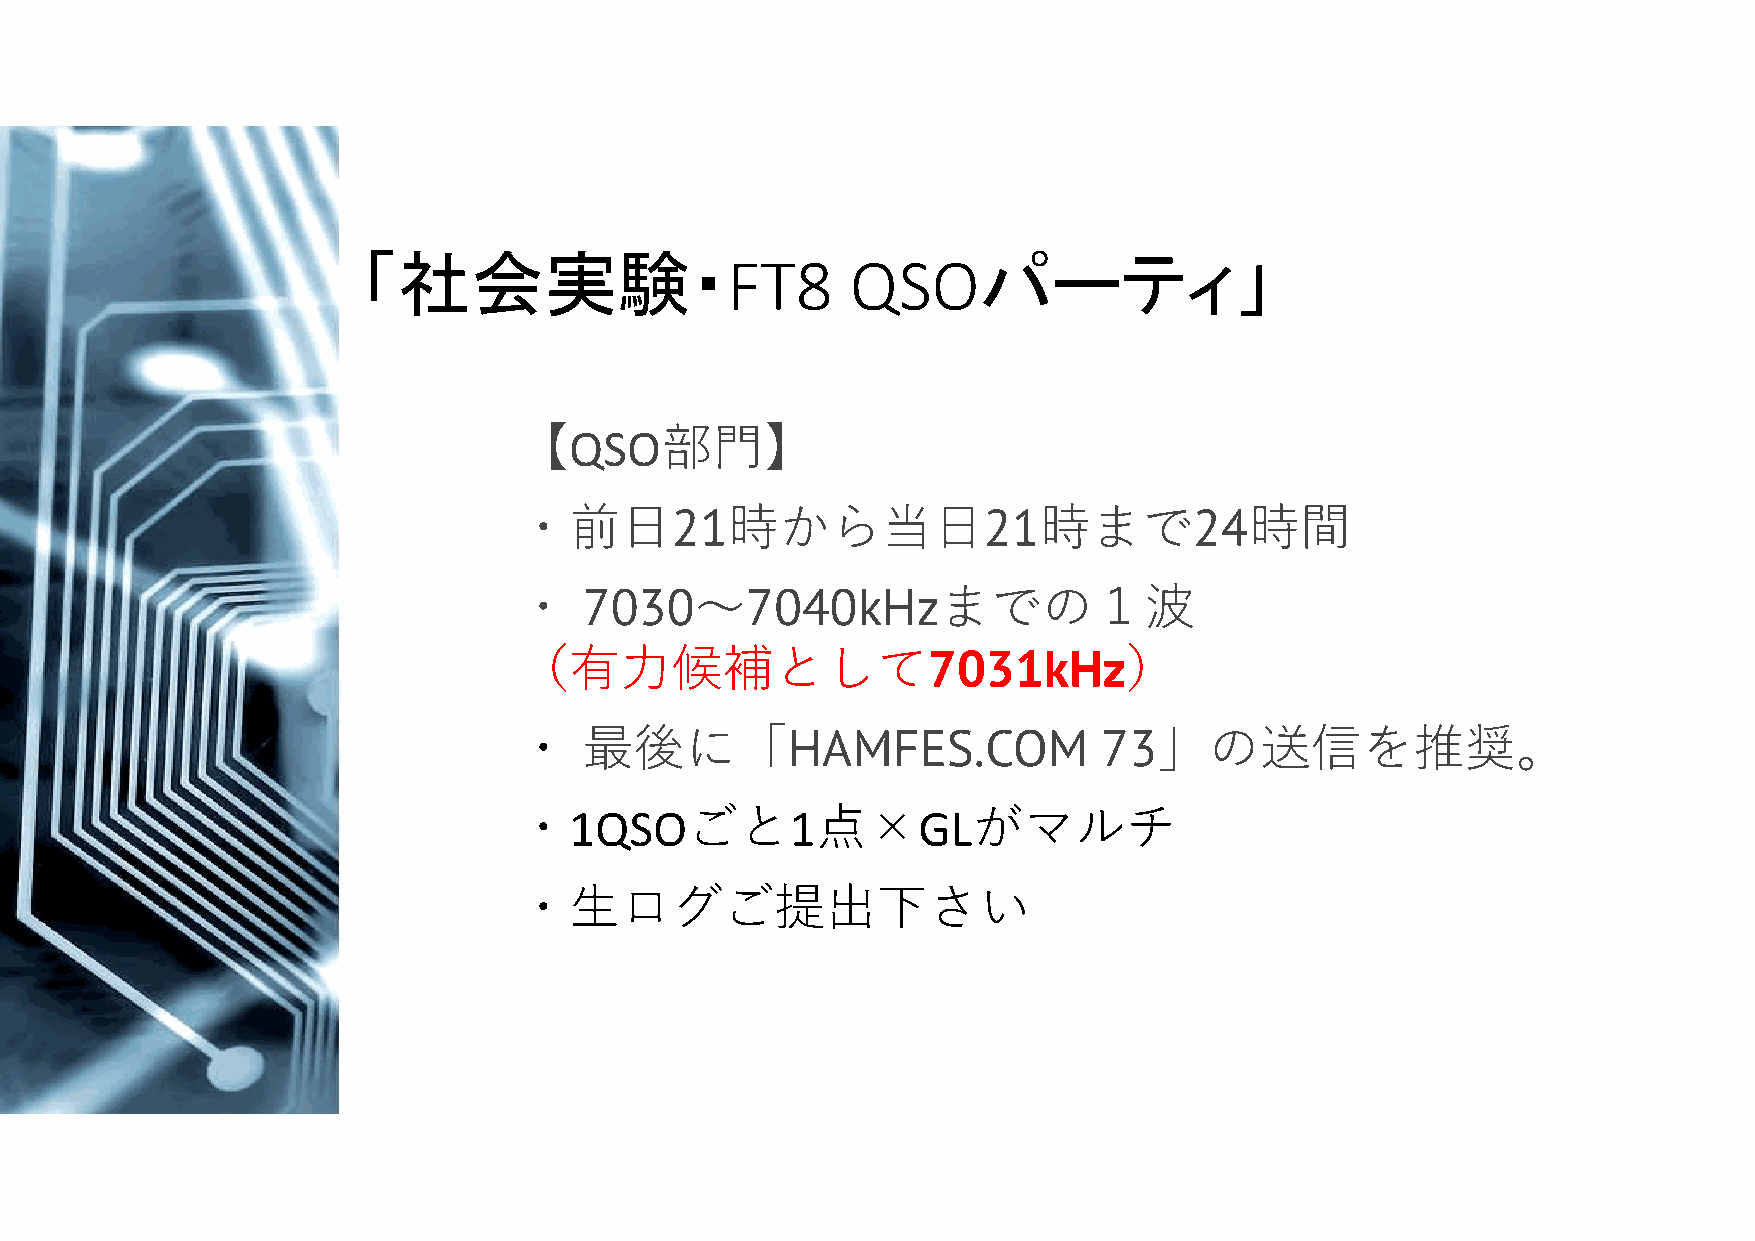
「社会実験・                                   パーティ」
 FT8     QSO
 【QSO部門】
 ・前日21時から当日21時まで24時間
 ・    7030～7040kHzまでの１波
 （有力候補として7031kHz）
 ・    最後に「HAMFES.COM                    73」の送信を推奨。
 ・1QSOごと1点×GLがマルチ
 ・生ログご提出下さい